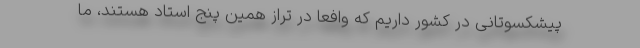
پیشکسوتانی در کشور داریم که وافعا در تراز همین پنج استاد هستند، ما